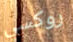
روكسي